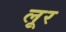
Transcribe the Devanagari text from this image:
लूर